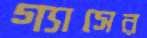
গ্যাসের